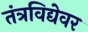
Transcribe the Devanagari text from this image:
तंत्रविद्येवर